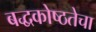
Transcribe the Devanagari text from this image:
बद्धकोष्ठतेचा